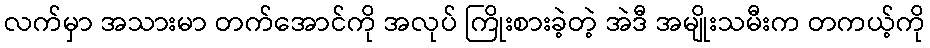
လက်မှာ အသားမာ တက်အောင်ကို အလုပ် ကြိုးစားခဲ့တဲ့ အဲဒီ အမျိုးသမီးက တကယ့်ကို